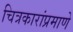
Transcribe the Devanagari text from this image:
चित्रकारांप्रमाणे